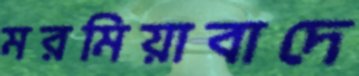
মরমিয়াবাদে